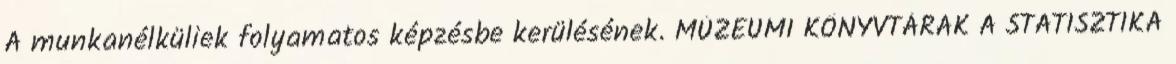
A munkanélküliek folyamatos képzésbe kerülésének. MÚZEUMI KÖNYVTÁRAK A STATISZTIKA